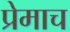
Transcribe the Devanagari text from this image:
प्रेमाच